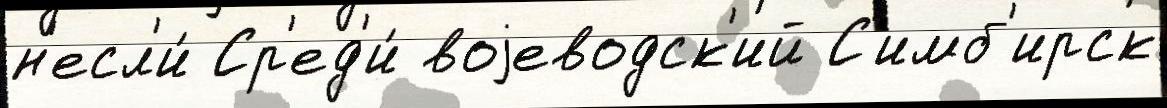
н'есл'и́ Ср'ед'и́ воjеводск'ий С'имб'ирск